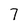
Character: 7